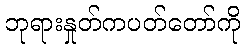
ဘုရားနှုတ်ကပတ်တော်ကို